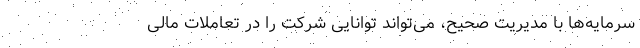
سرمایه‌ها با مدیریت صحیح، می‌تواند توانایی شرکت را در تعاملات مالی